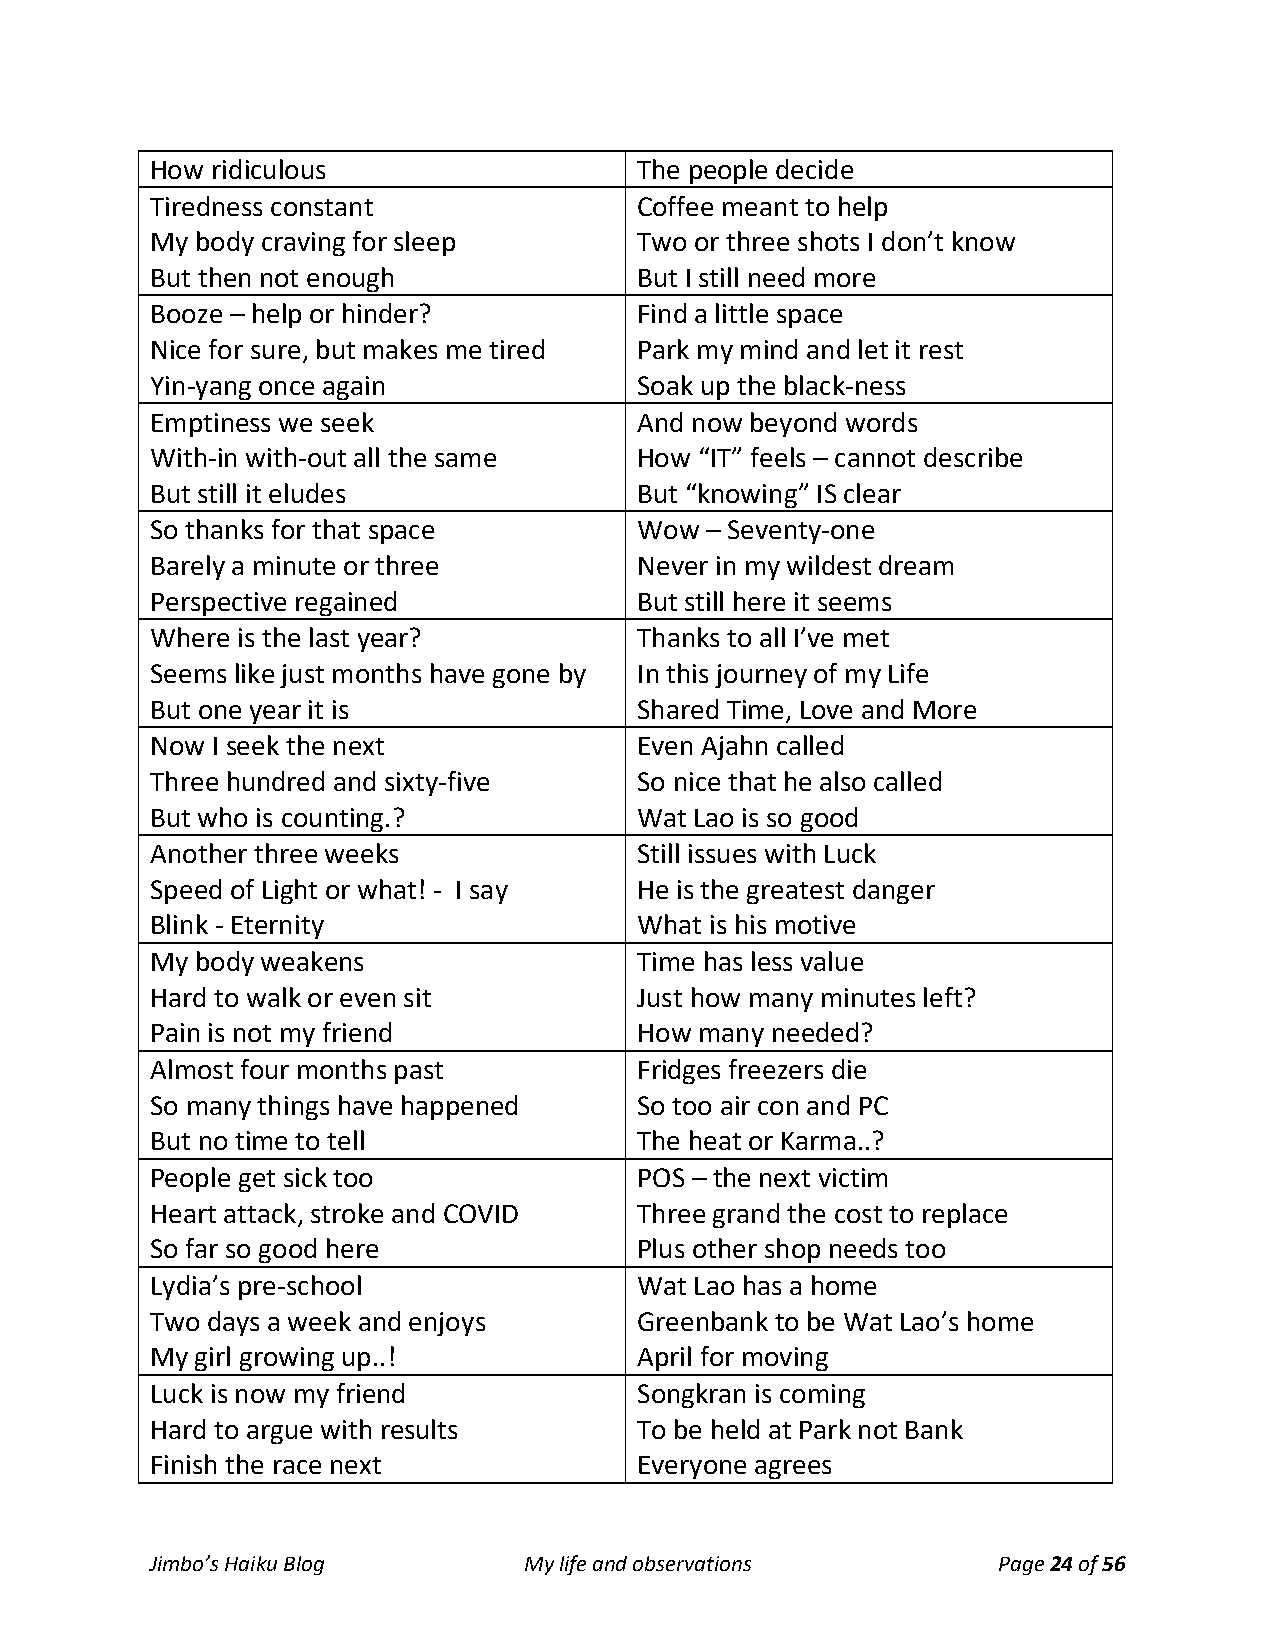
How ridiculous                  The people decide
 Tiredness constant              Coffee meant to help
 My body craving for sleep       Two or three shots I don’t know
 But then not enough             But I still need more
 Booze – help or hinder?         Find a little space
 Nice for sure, but makes me tired Park my mind and let it rest
 Yin-yang once again             Soak up the black-ness
 Emptiness we seek               And now beyond words
 With-in with-out all the same   How “IT” feels – cannot describe
 But still it eludes             But “knowing” IS clear
 So thanks for that space        Wow  – Seventy-one
 Barely a minute or three        Never in my wildest dream
 Perspective regained            But still here it seems
 Where is the last year?         Thanks to all I’ve met
 Seems like just months have gone by In this journey of my Life
 But one year it is              Shared Time, Love and More
 Now I seek the next             Even Ajahn called
 Three hundred and sixty-five    So nice that he also called
 But who is counting.?           Wat Lao is so good
 Another three weeks             Still issues with Luck
 Speed of Light or what! - I say He is the greatest danger
 Blink - Eternity                What is his motive
 My body weakens                 Time has less value
 Hard to walk or even sit        Just how many minutes left?
 Pain is not my friend           How many needed?
 Almost four months past         Fridges freezers die
 So many things have happened    So too air con and PC
 But no time to tell             The heat or Karma..?
 People get sick too             POS – the next victim
 Heart attack, stroke and COVID  Three grand the cost to replace
 So far so good here             Plus other shop needs too
 Lydia’s pre-school              Wat Lao has a home
 Two days a week and enjoys      Greenbank to be Wat Lao’s home
 My girl growing up..!           April for moving
 Luck is now my friend           Songkran is coming
 Hard to argue with results      To be held at Park not Bank
 Finish the race next            Everyone agrees
 Jimbo’s Haiku Blog       My life and observations       Page 24 of 56